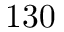
\mathrm { 1 3 0 }